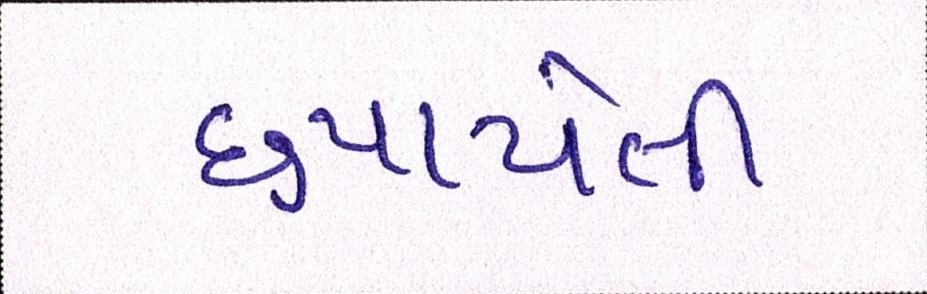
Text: છુપાયેલી